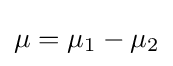
\mu =\mu _{1}-\mu _{2}